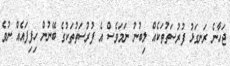
ޖަހާނެ ރަނގަޅު ފުރުސަތުތަކެއް ލިބުނު ނަމަވެސް އެ ފުރުސަތުތަކުގެ ބޭނުން ހިފިފައެއް ނުވެ